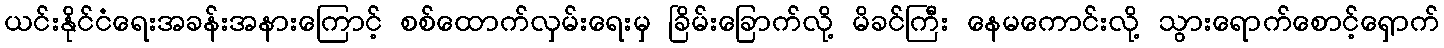
ယင်းနိုင်ငံရေးအခန်းအနားကြောင့် စစ်ထောက်လှမ်းရေးမှ ခြိမ်းခြောက်လို့ မိခင်ကြီး နေမကောင်းလို့ သွားရောက်စောင့်ရှောက်